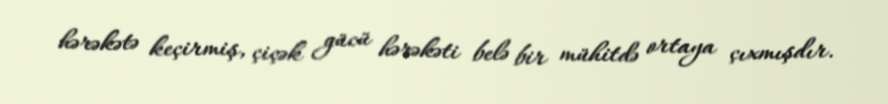
hərəkətə keçirmiş, çiçək gücü hərəkəti belə bir mühitdə ortaya çıxmışdır.